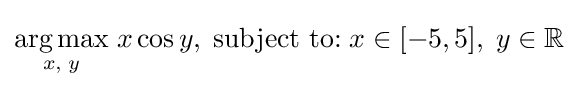
{\underset {x,\;y}{\operatorname {arg\,max} }}\;x\cos y,\;{\text{subject to:}}\;x\in [-5,5],\;y\in \mathbb {R}